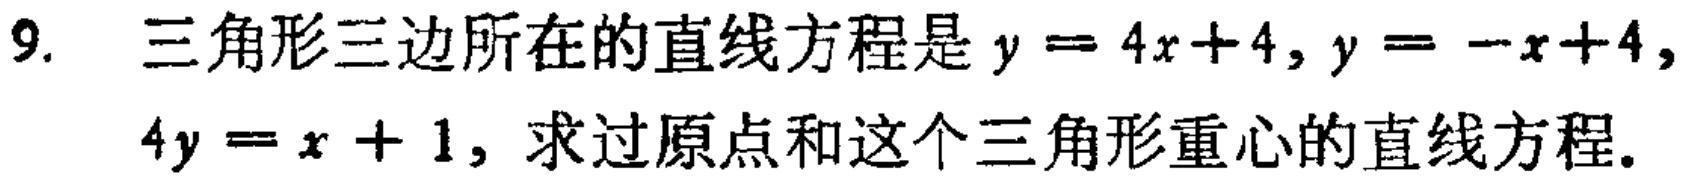
9. 三角形三边所在的直线方程是\(y = 4x + 4\)，\(y = -x + 4\)，\(4y = x + 1\)，求过原点和这个三角形重心的直线方程。